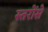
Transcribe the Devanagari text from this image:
स्तरोंसे